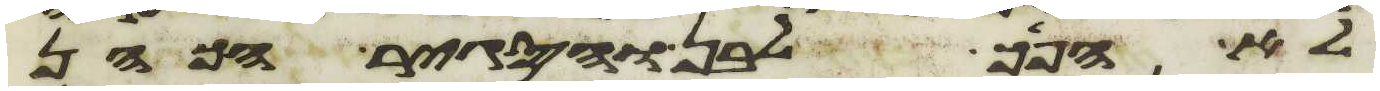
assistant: לא הפך לבן והסגיר הכהן